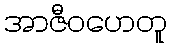
အာဇီဝဟေတူ